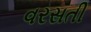
વરસતી